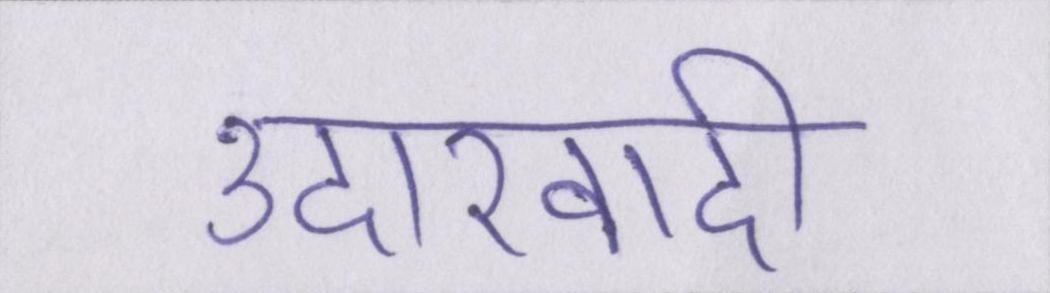
उदारवादी